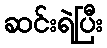
ဆင်းရဲပြီး